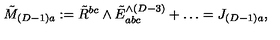
\tilde { M } _ { ( D - 1 ) a } : = \tilde { R } ^ { b c } \wedge \tilde { E } _ { a b c } ^ { \wedge ( D - 3 ) } + \ldots = J _ { ( D - 1 ) a } ,